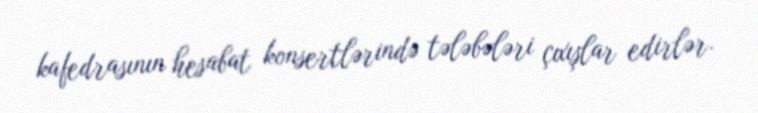
kafedrasının hesabat konsertlərində tələbələri çıxışlar edirlər.